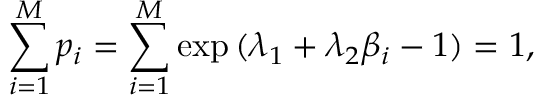
\sum _ { i = 1 } ^ { M } p _ { i } = \sum _ { i = 1 } ^ { M } \exp { ( \lambda _ { 1 } + \lambda _ { 2 } \beta _ { i } - 1 ) } = 1 ,